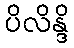
ပိလိန္ဒိ